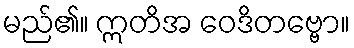
မည်၏။ ဣတိအ ဝေဒိတဗ္ဗော။